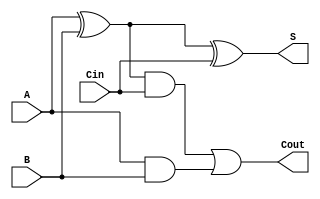

module fulladder_gate_level
(
 input A,
 input B,
 input Cin,
 
 output S, 
 output Cout
 );
 
 
wire  p,r,s;
	xor (p,A,B);
	xor (S,p,Cin);
 
	and(r,p,Cin);
	and(s,A,B);
	or(Cout,r,s);
 
endmodule